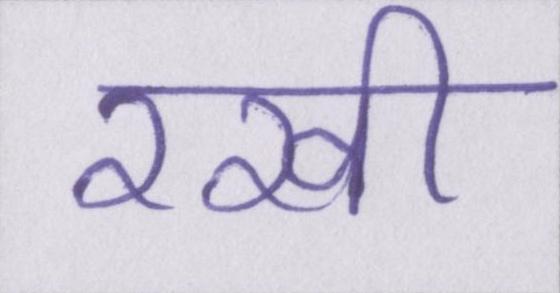
रखी